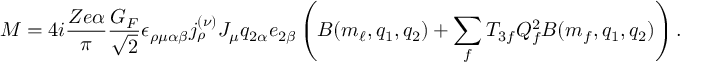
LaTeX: M = 4 i { \frac { Z e \alpha } { \pi } } { \frac { G _ { F } } { \sqrt { 2 } } } \epsilon _ { \rho \mu \alpha \beta } j _ { \rho } ^ { ( \nu ) } J _ { \mu } q _ { 2 \alpha } e _ { 2 \beta } \left( B ( m _ { \ell } , q _ { 1 } , q _ { 2 } ) + \sum _ { f } T _ { 3 f } Q _ { f } ^ { 2 } B ( m _ { f } , q _ { 1 } , q _ { 2 } ) \right) .